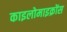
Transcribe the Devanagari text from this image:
काइलोमाइक्रोंस